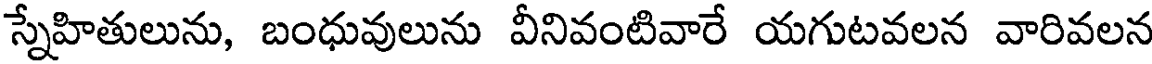
స్నేహితులును, బంధువులును వీనివంటివారే యగుటవలన వారివలన